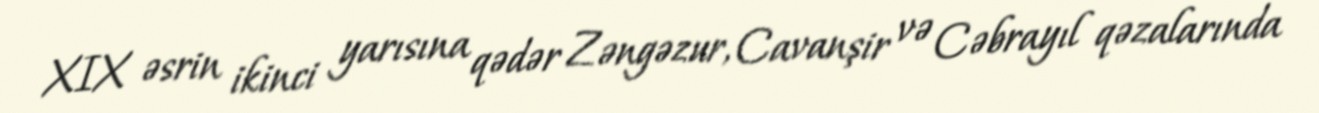
XIX əsrin ikinci yarısına qədər Zəngəzur, Cavanşir və Cəbrayıl qəzalarında